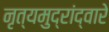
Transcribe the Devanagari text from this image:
नृत्यमुद्रांद्वारे